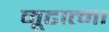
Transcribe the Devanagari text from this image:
मूढात्मा